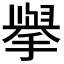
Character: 𭢅